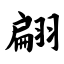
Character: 翩